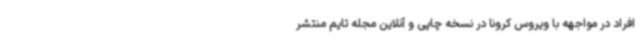
افراد در مواجهه با ویروس کرونا در نسخه چاپی و آنلاین مجله تایم منتشر